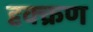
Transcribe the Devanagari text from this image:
दृक्क्रण